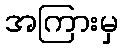
အကြားမှ